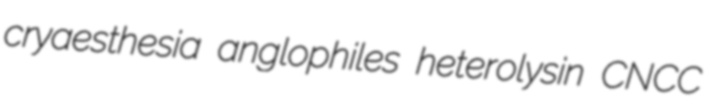
cryaesthesia anglophiles heterolysin CNCC